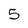
Character: 5